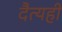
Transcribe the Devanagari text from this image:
दैत्यही